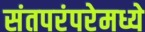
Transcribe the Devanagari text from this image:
संतपरंपरेमध्ये